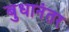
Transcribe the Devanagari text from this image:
बुधानंतर